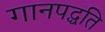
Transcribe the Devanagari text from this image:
गानपद्धति